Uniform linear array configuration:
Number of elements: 64
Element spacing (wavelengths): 0.75
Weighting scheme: cosine
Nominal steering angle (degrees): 60
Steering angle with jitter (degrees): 60.549
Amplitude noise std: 0.05
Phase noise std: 0.05

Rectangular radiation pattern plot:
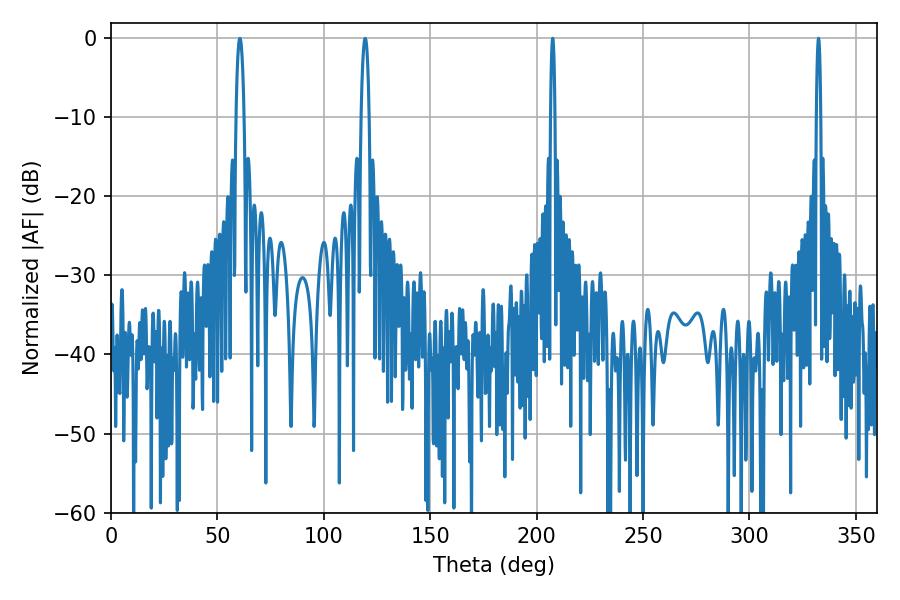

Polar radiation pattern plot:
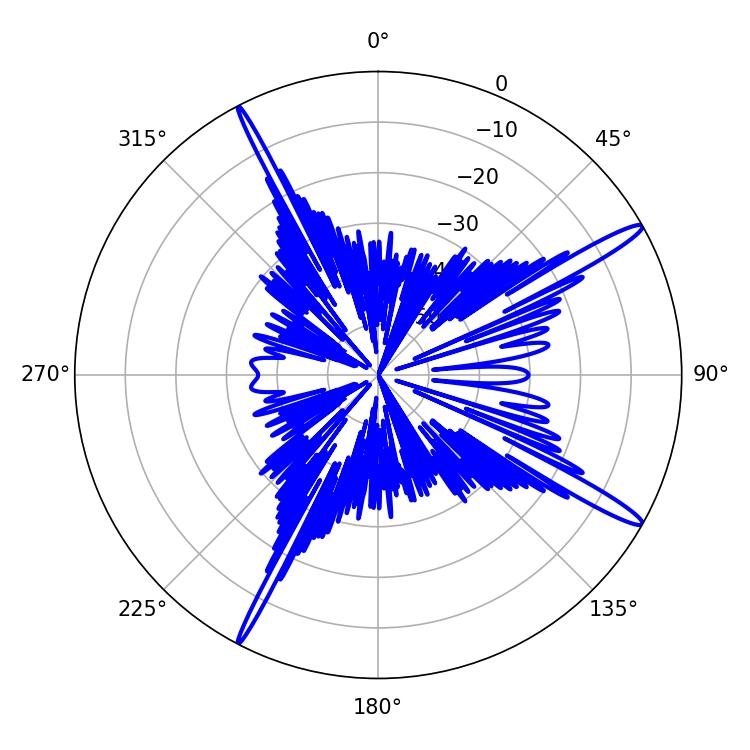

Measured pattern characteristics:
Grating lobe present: TRUE
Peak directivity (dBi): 15.802
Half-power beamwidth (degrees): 1.08
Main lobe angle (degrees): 207.54